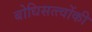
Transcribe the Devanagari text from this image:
बोधिसत्त्‍वोंकी